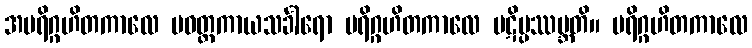
အပရိဂ္ဂဟိတကာလေ ပဝတ္တကာယသင်္ခါရော ပရိဂ္ဂဟိတကာလေ ပဋိပ္ပဿမ္ဘတိ။ ပရိဂ္ဂဟိတကာလေ